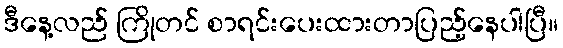
ဒီနေ့လည် ကြိုတင် စာရင်းပေးထားတာပြည့်နေပါပြီ။